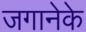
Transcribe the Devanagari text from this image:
जगानेके